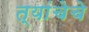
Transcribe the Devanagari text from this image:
त्यांचेचे